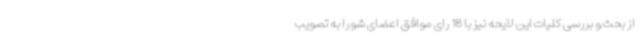
از بحث و بررسی کلیات این لایحه نیز با 18 رای موافق اعضای شورا به تصویب